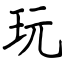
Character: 玩